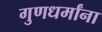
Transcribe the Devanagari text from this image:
गुणधर्मांना